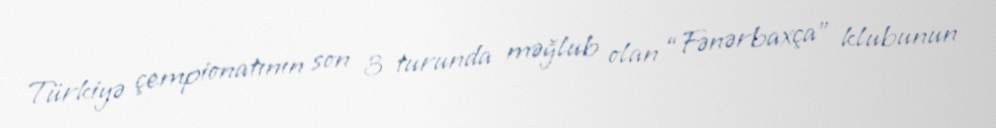
Türkiyə çempionatının son 3 turunda məğlub olan “Fənərbaxça” klubunun